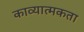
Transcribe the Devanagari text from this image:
काव्‍यात्‍मकता